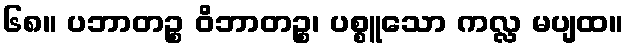
၆၈။ ပဘာတဉ္စ ဝိဘာတဉ္စ၊ ပစ္စူသော ကလ္လ မပျထ။